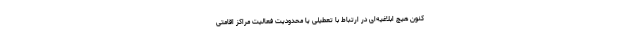
کنون هیچ ابلاغیه‌ای در ارتباط با تعطیلی یا محدودیت فعالیت مراکز اقامتی